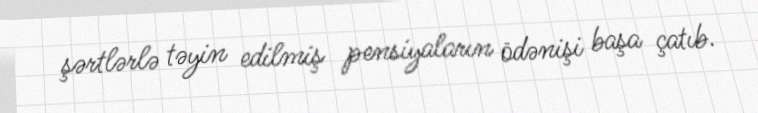
şərtlərlə təyin edilmiş pensiyaların ödənişi başa çatıb.